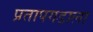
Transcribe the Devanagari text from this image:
प्रतापगडाला